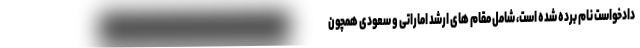
دادخواست نام برده شده است، شامل مقام های ارشد اماراتی و سعودی همچون